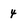
Character: 4